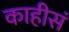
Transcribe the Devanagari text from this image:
काहीसं